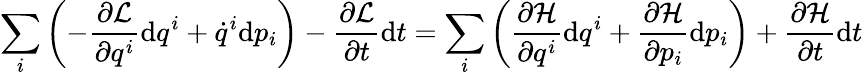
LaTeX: \sum_{i}\left(-{\frac{\partial{\mathcal{L}}}{\partial q^{i}}}\mathrm{d}q^{i}+{\dot{q}}^{i}\mathrm{d}p_{i}\right)-{\frac{\partial{\mathcal{L}}}{\partial t}}\mathrm{d}t=\sum_{i}\left({\frac{\partial{\mathcal{H}}}{\partial q^{i}}}\mathrm{d}q^{i}+{\frac{\partial{\mathcal{H}}}{\partial p_{i}}}\mathrm{d}p_{i}\right)+{\frac{\partial{\mathcal{H}}}{\partial t}}\mathrm{d}t